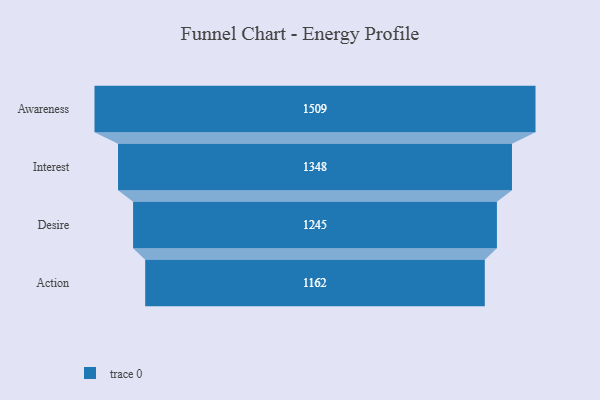
{"axis": {"x": "Stage", "y": "Value"}, "legend": [""], "data": [{"x": "Awareness", "y": 1509.0, "type": ""}, {"x": "Interest", "y": 1348.0, "type": ""}, {"x": "Desire", "y": 1245.0, "type": ""}, {"x": "Action", "y": 1162.0, "type": ""}]}